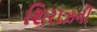
શિરાઝની